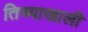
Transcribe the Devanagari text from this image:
तिच्याखाली